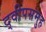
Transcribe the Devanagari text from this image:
द्वीपसमुह